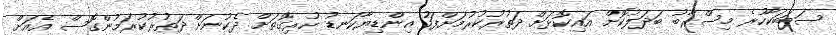
ސަބަބަކާހުރެ މިސްރާބު ބަދަލުކޮށް އައިކޮޅަށް ދަތުރުކުރުމަށްފަހު އިންޑިޔާކަނޑު ހުރިގޮތަށް ދެކުނަށް ދަތުރުކުރަމުންގޮސް އެއަށް